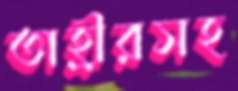
তাহ্রীরসহ